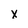
Character: X